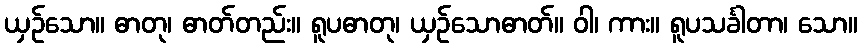
ယှဉ်သော။ ဓာတု၊ ဓာတ်တည်း။ ရူပဓာတု၊ ယှဉ်သောဓာတ်။ ဝါ၊ ကား။ ရူပသင်္ခါတာ၊ သော။